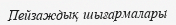
Пейзаждық шығармалары